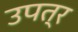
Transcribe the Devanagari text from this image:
उपत्र